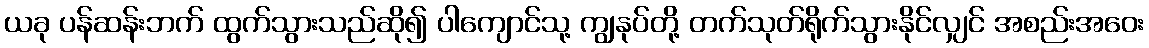
ယခု ပန်ဆန်းဘက် ထွက်သွားသည်ဆို၍ ပါကျောင်သု့ ကျွနုပ်တို့ တက်သုတ်ရိုက်သွားနိုင်လျှင် အစည်းအဝေး